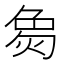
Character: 𬊟